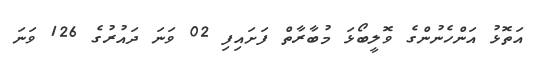
އަތޮޅު އަންހެނުންގެ ވޮލީބޯޅަ މުބާރާތް ފަށައިފި 02 ވަނަ ދައުރުގެ 126 ވަނަ